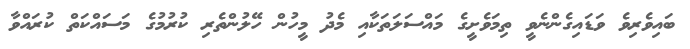
ބައިވެރިވެ ވަޑައިގެންނެވީ ތިމަވެށީގެ މައްސަލަތަކާއި މެދު މީހުން ހޭލުންތެރި ކުރުމުގެ މަސައްކަތް ކުރައްވާ